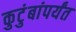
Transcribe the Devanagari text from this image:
कुटुंबांपर्यंत